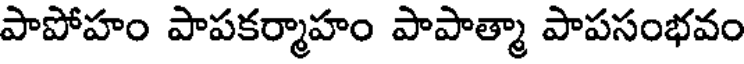
పాపోహం పాపకర్మాహం పాపాత్మా పాపసంభవం